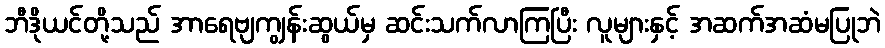
ဘီဒိုယင်တို့သည် အာရေဗျကျွန်းဆွယ်မှ ဆင်းသက်လာကြပြီး လူများနှင့် အဆက်အဆံမပြုဘဲ